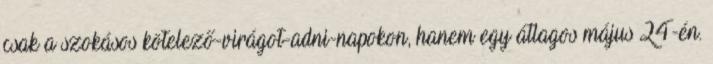
csak a szokásos kötelező-virágot-adni-napokon, hanem egy átlagos május 24-én.